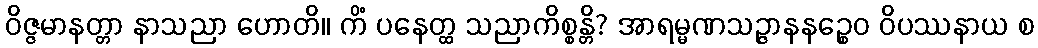
ဝိဇ္ဇမာနတ္တာ နာသညာ ဟောတိ။ ကိံ ပနေတ္ထ သညာကိစ္စန္တိ? အာရမ္မဏသဉ္ဇာနနဉ္စေဝ ဝိပဿနာယ စ